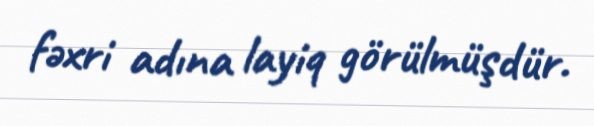
fəxri adına layiq görülmüşdür.